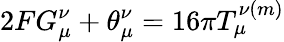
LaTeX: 2FG_{\mu}^{\nu}+\theta_{\mu}^{\nu}=16\pi T_{\mu}^{\nu(m)}